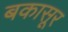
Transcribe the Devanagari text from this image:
बकासूर